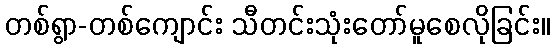
တစ်ရွာ-တစ်ကျောင်း သီတင်းသုံးတော်မူစေလိုခြင်း။